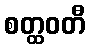
စတ္ထဝတီ